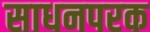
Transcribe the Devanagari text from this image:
साधनपरक